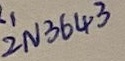
Text: 2N3643